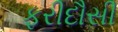
ફરીદૌસી